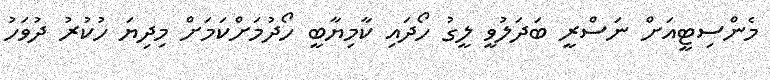
މެންސިޓީއަށް ނަސްރީ ބަދަލުވީ ލީގު ހޯދައި ކާމިޔާބީ ހޯދުމަށްކަމަށް މިދިޔަ ހުކުރު ދުވަހު